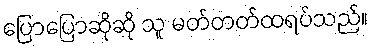
ပြောပြောဆိုဆို သူ မတ်တတ်ထရပ်သည်။